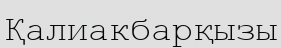
Қалиакбарқызы